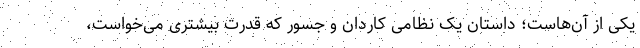
یکی از آن‌هاست؛ داستان یک نظامی کاردان و جسور که قدرت بیشتری می‌خواست،